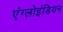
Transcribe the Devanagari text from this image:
एंग्लोइंडियन